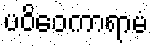
ပဝိဝေကာရာမံ